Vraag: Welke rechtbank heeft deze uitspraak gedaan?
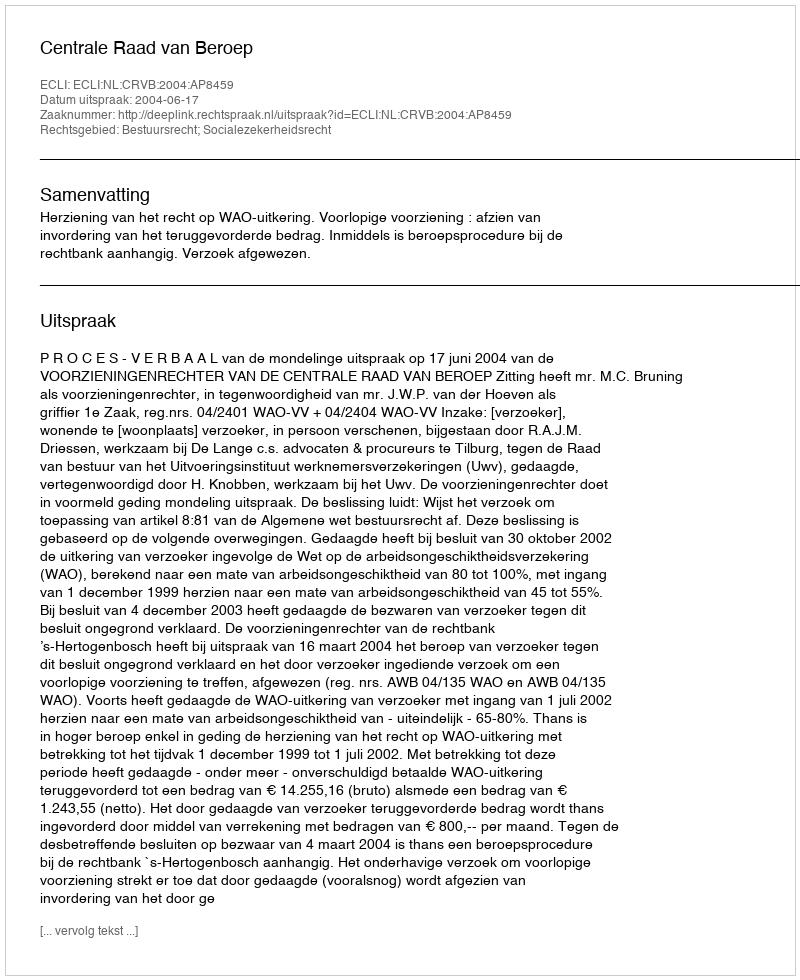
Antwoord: Centrale Raad van Beroep